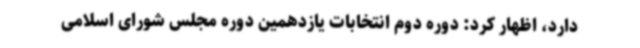
دارد، اظهار کرد: دوره دوم انتخابات یازدهمین دوره مجلس شورای اسلامی